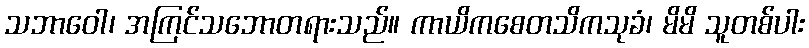
သဘာဝေါ၊ အကြင်သဘောတရားသည်။ ကာယိကစေတသိကသုခံ၊ မိမိ သူတစ်ပါး